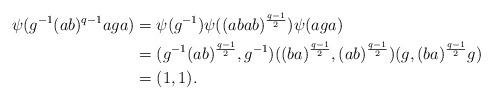
LaTeX: \begin{align*}\psi(g^{-1}(ab)^{q-1}aga) &= \psi(g^{-1})\psi((abab)^{\frac{q-1}{2}})\psi(aga) \\&=(g^{-1}(ab)^{\frac{q-1}{2}}, g^{-1})((ba)^{\frac{q-1}{2}}, (ab)^{\frac{q-1}{2}})(g,(ba)^{\frac{q-1}{2}}g)\\&=(1,1).\end{align*}